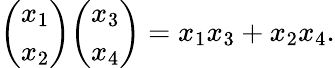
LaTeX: {\binom{x_{1}}{x_{2}}}{\binom{x_{3}}{x_{4}}}=x_{1}x_{3}+x_{2}x_{4}.